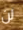
لن